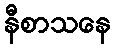
နီစာသနေ